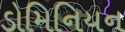
ડોમિનિયન